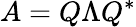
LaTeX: A=Q\Lambda Q^{*}